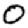
Digit: 0